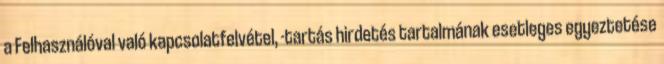
a Felhasználóval való kapcsolatfelvétel, -tartás hirdetés tartalmának esetleges egyeztetése